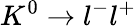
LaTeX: K^{0}\to l^{-}l^{+}